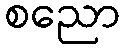
စညော